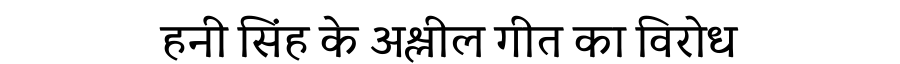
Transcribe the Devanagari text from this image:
हनी सिंह के अश्लील गीत का विरोध